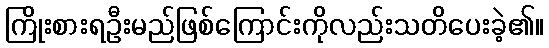
ကြိုးစားရဦးမည်ဖြစ်ကြောင်းကိုလည်းသတိပေးခဲ့၏။